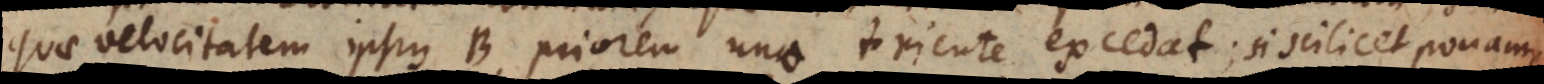
quae velocitatem ipsius B priorem uno triente excedat; si scilicet ponamus